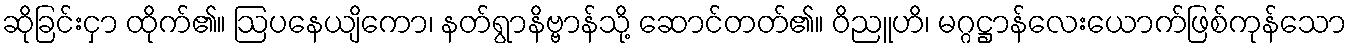
ဆိုခြင်းငှာ ထိုက်၏။ ဩပနေယျိကော၊ နတ်ရွာနိဗ္ဗာန်သို့ ဆောင်တတ်၏။ ဝိညူဟိ၊ မဂ္ဂဋ္ဌာန်လေးယောက်ဖြစ်ကုန်သော